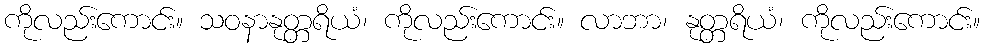
ကိုလည်းကောင်း။ သဝနာနုတ္တရိယံ၊ ကိုလည်းကောင်း။ လာဘာ၊ နုတ္တရိယံ၊ ကိုလည်းကောင်း။